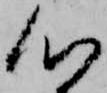
心